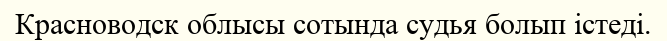
Красноводск облысы сотында судья болып істеді.